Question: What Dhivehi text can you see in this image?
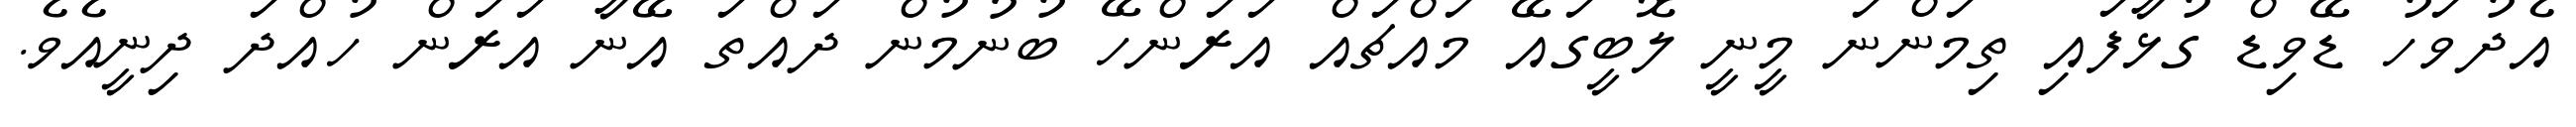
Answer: އެދުވަހު ޑޭވިޑް ގުޅާފައި ތިމަންނަ މީނީ ލޮބީގައޭ މައްޗައް އަރަންހޭ ބުނުމުން ދައްތަ އޭނާ އަރަން ހުއްދަ ދިނީއެވެ.